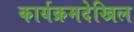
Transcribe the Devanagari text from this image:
कार्यक्रमदेखिल